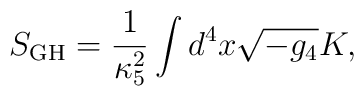
S_{\rm GH} = \frac{1}{\kappa_5^2}\int d^4 x \sqrt{-g_4} K,